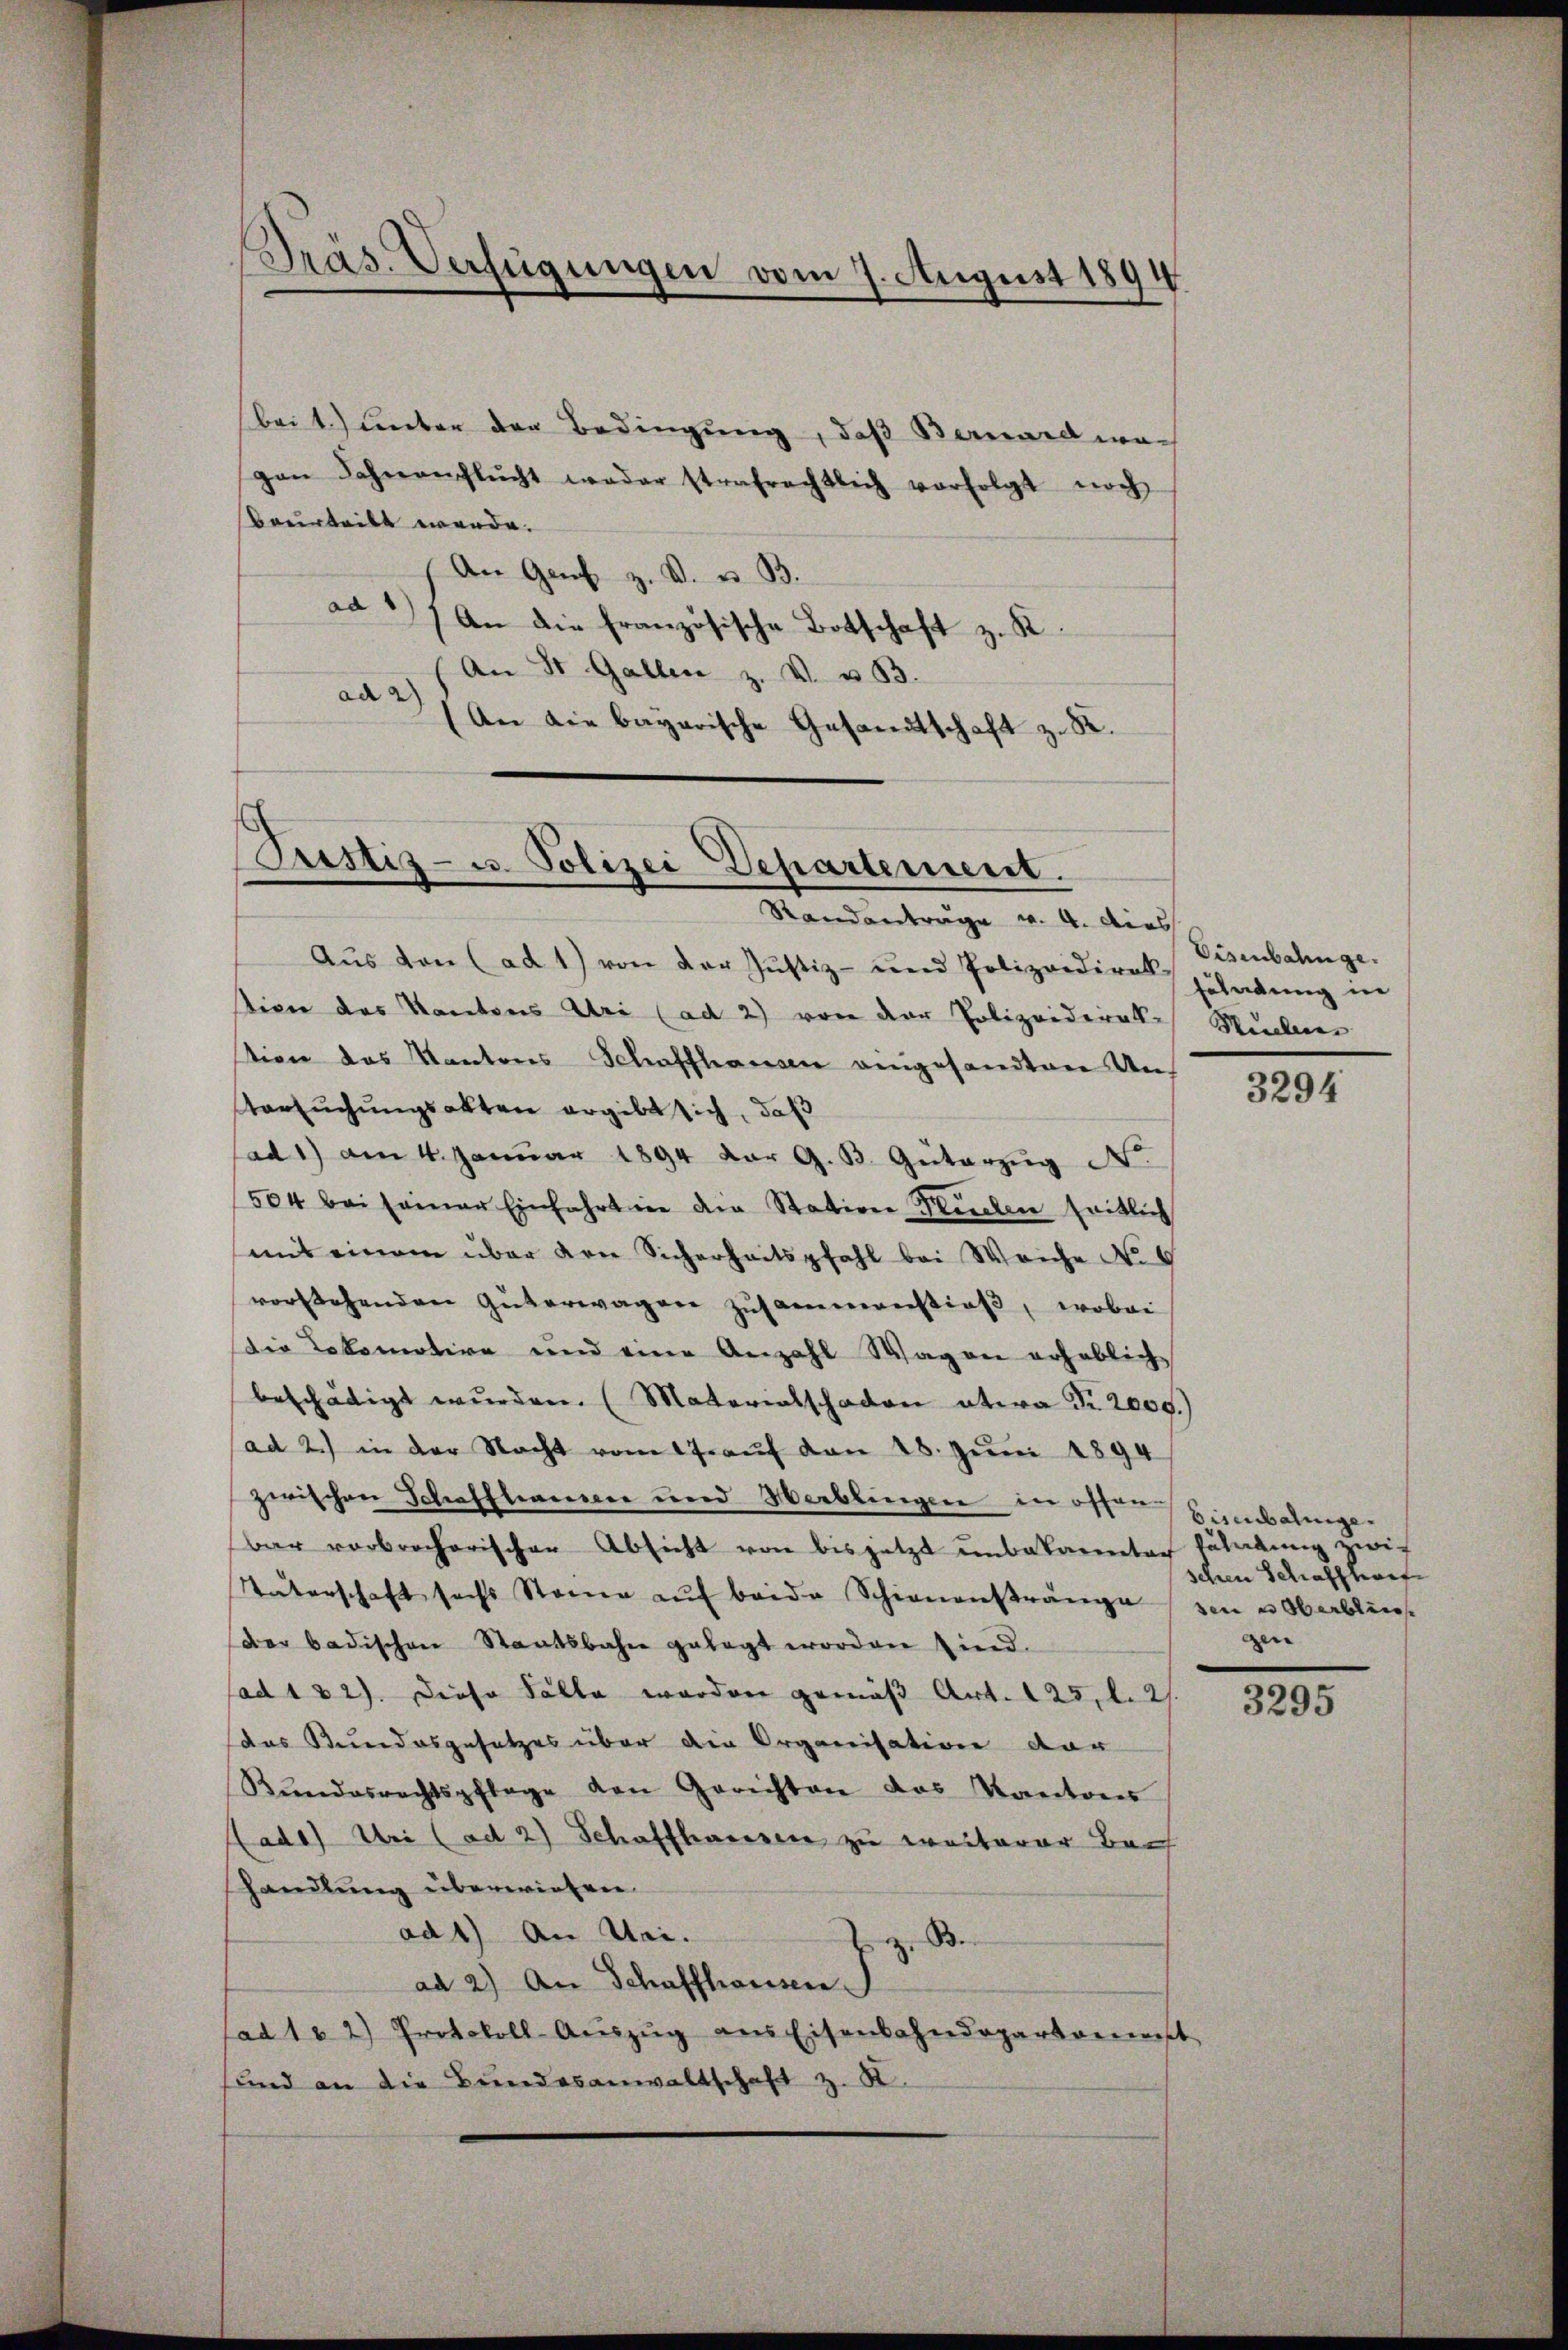
Präs. Verfügungen vom 7. August 1894

beit.) unter der Bedingung, daß Bernard wogen Fahnenflŭcht weder strafrechtlich verfolgt noch
beurteilt werde.
An Genf z. B. u. B.
ad an die französische Botschaft z. R.
An St. Gallen z. V. u. 33.
ad
An die bayerische Gesandtschaft z. 82.

Justiz- u. Polizei Departement.

Randanträge v. 4. dies
Aus von (ad 1) von der Justiz- und Polizeidiren schadung in
tion des Kantons Uri (ad 2) von der Polizeiderates Stücken
stion des Kantons Schaffhausen eingesandten Un¬
Versuchungsakten ergibt sich, daß
sad 1) am 4. Janŭar 1894 der G. B. Güterzŭg N.
504 bei seiner Einfahrt in die Station Stücken seitlich
(mit einem über den Sicherheitspfahl bei Weiche No 6
vorstehenden Güterwagen zusammernstieß, wobei
die Lokomotive und eine Anzahl Wagen erheblich
beschädigt wurden. (Materialschaden etwa Nr. 2000.)
(ad 2.) in der Nacht vom 17. aŭf von 28. Jŭni 1894
zwischen Schaffhausere und Herblingen in offen Einmalige
bar vorbrocherischer Absicht von bis jetzt unbekannten Fladŭng zwi-
Vaterschaft sechs Staine aŭf beide Schienanstränge von u Oberblin
Der badischen Staatsbahn gelegt worden sind.
ad 1 32). Diese Fälle worden gemäß Art. 125, l. 2.
das Bundesgesetzes über die Organisation der
Rŭndesrechtspflege den Gerichten das Kantones
ade) Uri (ad 2) Schaffhareser zu weiterer Bach
handlung überwiesen.
ad1) An Meizu We
ad 2.) An Schaffhausen. J.
ad 1. 2) Protokoll- Aŭszŭg ans Eisenbahndepartanenst
sund an die Bundesanwaltschaft z. K.

Eisenbahnge.

3294

schen Schaffhauf
gen

3295